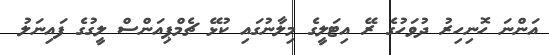
އަންނަ ހޮނިހިރު ދުވަހުގެ ރޭ އިޓަލީގެ މިލާނުގައި ކުޅޭ ޗެމްޕިއަންސް ލީގުގެ ފައިނަލު